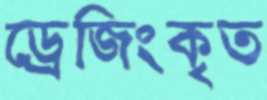
ড্রেজিংকৃত